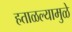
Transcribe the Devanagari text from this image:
हताळल्यामुळे